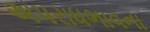
અપરાધભાવના